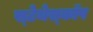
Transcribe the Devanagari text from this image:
स्‍टेथेस्‍कॉप